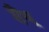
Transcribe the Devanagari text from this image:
सैंथू